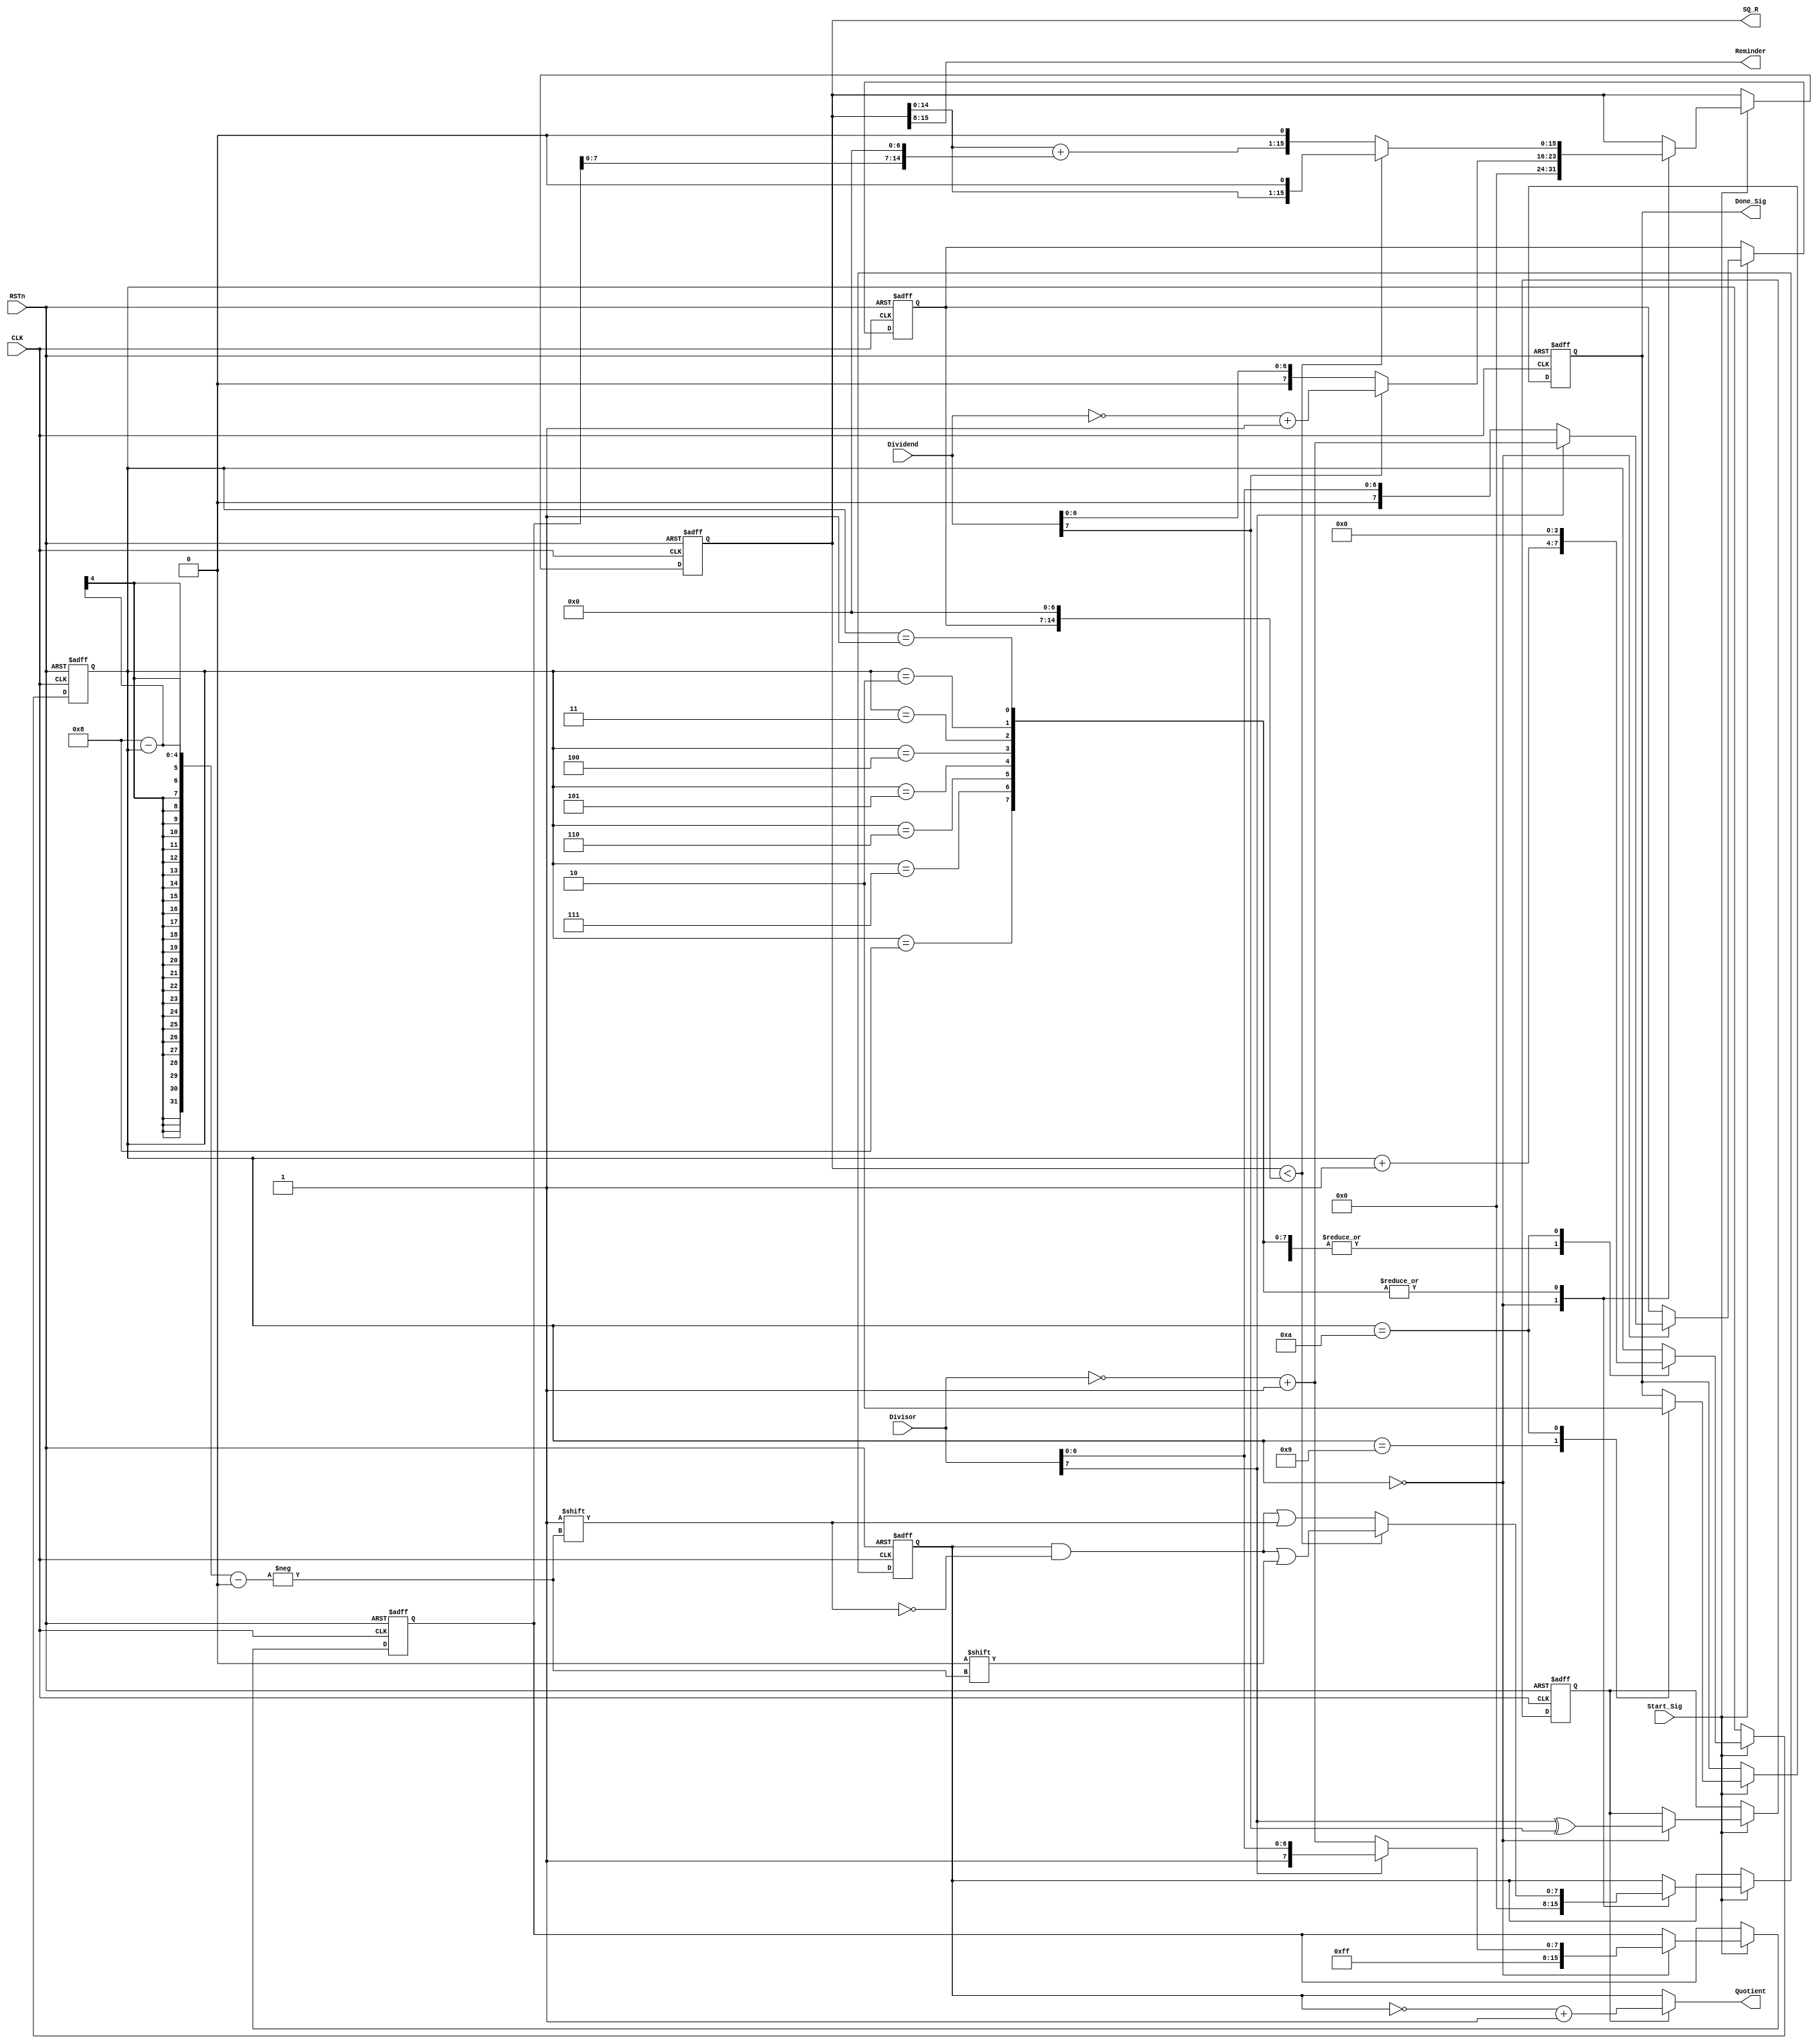
`timescale 1ns / 1ps
//////////////////////////////////////////////////////////////////////////////////
// Company: 
// Engineer: 
// 
// Design Name: 
// Module Name:    div 
// Project Name: 
// Target Devices: 
// Tool versions: 
// Description: 
//
// Dependencies: 
//
// Revision: 
// Revision 0.01 - File Created
// Additional Comments: 
//
//////////////////////////////////////////////////////////////////////////////////
module div(
   
input CLK,
input RSTn,
input Start_Sig,
input [7:0] Dividend,
input [7:0] Divisor,

output Done_Sig,
output [7:0] Quotient,
output [7:0] Reminder,
output [15:0] SQ_R
);
reg [3:0] i;
reg [7:0] Q;
reg [7:0] Dsor;
reg [15:0] _Dsor;
reg [15:0] R;
reg isNeg;
reg isDone;


always@(posedge CLK or negedge RSTn)
	if(!RSTn)
		begin
			i<=4'd0;
			Q<=8'd0;
			Dsor<=8'd0;
			_Dsor<=16'd0;
			R<=16'd0;
			isNeg<=1'b0;
			isDone<=1'b0;
		end
	else if(Start_Sig)
		case(i)
			0:
			begin
				isNeg<=Divisor[7]^Dividend[7];
				Dsor<=Divisor[7]?~Divisor+1'b1:Divisor;//
				_Dsor<=Divisor[7]?{8'hff,Divisor}:{8'hff,~Divisor+1'b1};//
				R<=Dividend[7]?{8'd0,~Dividend+1'b1}:{8'd0,Dividend};//
				Q<=8'd0;
				i<=i+1'b1;
			end
			1,2,3,4,5,6,7,8:
			begin
				if(R<(Dsor<<7))
					begin
						R<={R[14:0],1'b0};
						Q[8-i]<=1'b0;
					end
				else
					begin
						R<=(R+(_Dsor<<7))<<1;
						Q[8-i]<=1'b1;
					end
				i<=i+1'b1;
			end
			9:
			begin
				isDone<=1'b1;
				i<=i+1'b1;
			end
			10:
			begin
				isDone<=1'b0;
				i<=4'd0;
			end
		endcase
	
	assign Done_Sig=isDone;
	assign Quotient=isNeg?(~Q+1'b1):Q;
	assign Reminder=R[15:8];
	
				
	assign SQ_R=R;
	

endmodule